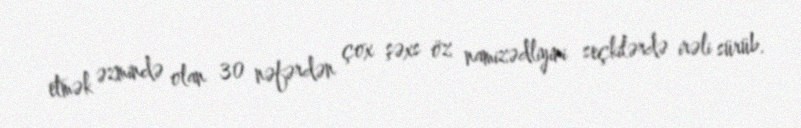
etmək əzmində olan 30 nəfərdən çox şəxs öz namizədliyini seçkilərdə irəli sürüb.